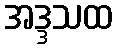
အဒ္ဒသထ